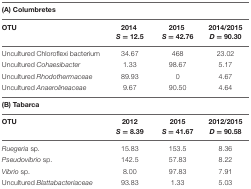
<table><thead><tr><td colspan="3"><b>(A) Columbretes</b></td></tr><tr><td><b>OTU</b></td><td><b>2014</b></td><td><b>2015</b></td><td><b>2014/2015</b></td></tr><tr><td></td><td><b><i>S</i> = 12.5</b></td><td><b><i>S</i> = 42.76</b></td><td><b><i>D</i> = 90.30</b></td></tr></thead><tbody><tr><td>Uncultured Chloroflexi bacterium</td><td>34.67</td><td>468</td><td>23.02</td></tr><tr><td>Uncultured <i>Cohaesibacter</i></td><td>1.33</td><td>98.67</td><td>5.17</td></tr><tr><td>Uncultured <i>Rhodothermaceae</i></td><td>89.93</td><td>0</td><td>4.67</td></tr><tr><td>Uncultured <i>Anaerolineaceae</i></td><td>9.67</td><td>90.50</td><td>4.64</td></tr><tr><td colspan="3"><b>(B) Tabarca</b></td></tr><tr><td><b>OTU</b></td><td><b>2012</b></td><td><b>2015</b></td><td><b>2012/2015</b></td></tr><tr><td></td><td><b><i>S</i> = 8.39</b></td><td><b><i>S</i> = 41.67</b></td><td><b><i>D</i> = 90.58</b></td></tr><tr><td><i>Ruegeria</i> sp.</td><td>15.83</td><td>153.5</td><td>8.36</td></tr><tr><td><i>Pseudovibrio</i> sp.</td><td>142.5</td><td>57.83</td><td>8.22</td></tr><tr><td><i>Vibrio</i> sp.</td><td>8.00</td><td>97.83</td><td>7.91</td></tr><tr><td>Uncultured <i>Blattabacteriaceae</i></td><td>93.83</td><td>1.33</td><td>5.03</td></tr></tbody></table>